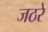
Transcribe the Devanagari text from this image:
जठरे